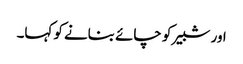
اور شبیر کو چائے بنانے کو کہا۔